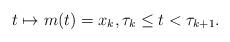
LaTeX: \begin{align*}t \mapsto m(t) = x_k, \tau_k \leq t < \tau_{k+1}.\end{align*}